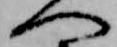
へ